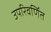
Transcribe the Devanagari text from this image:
उपरिवर्णित